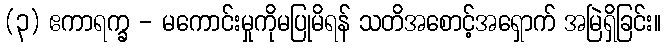
(၃) ဧကာရက္ခ - မကောင်းမှုကိုမပြုမိရန် သတိအစောင့်အရှောက် အမြဲရှိခြင်း။